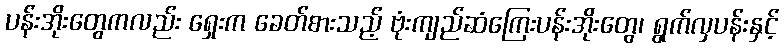
ပန်းအိုးတွေကလည်း ရှေးက ခေတ်စားသည့် ဗုံးကျည်ဆံကြေးပန်းအိုးတွေ၊ ရွက်လှပန်းနှင့်